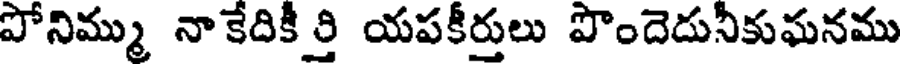
పోనిమ్ము నాకేదికీ ర్తి యపకీర్తులు పొందెదునీకుఘనము